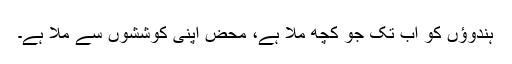
ہندوؤں کو اب تک جو کچھ ملا ہے، محض اپنی کوششوں سے ملا ہے۔